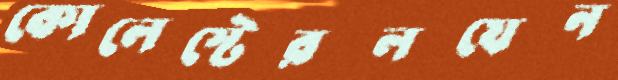
কোলেস্টেরলযেন